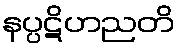
နပ္ပဋိဟညတိ